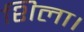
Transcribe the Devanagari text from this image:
शिला।